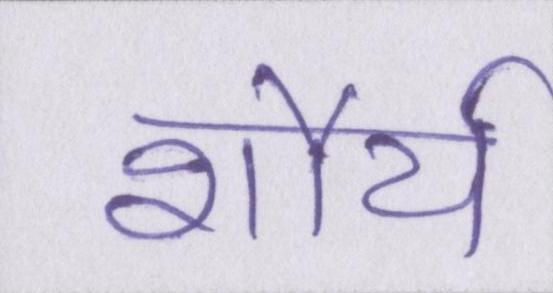
शौर्य